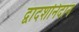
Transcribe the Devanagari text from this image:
द्वादशनिदान